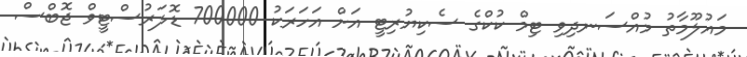
މައުލޫމާތު މުއްސަނދިވި ޓިމް ކުކްގެ ސެކިޔުރިޓީ އަށް އަހަރަކު 700000 ޑޮލަރުސްޓީވް ޖޮބްސް